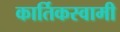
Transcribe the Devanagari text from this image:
कार्तिकस्‍वामी